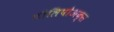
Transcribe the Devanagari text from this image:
टौलिपोअक्स